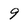
Character: 9